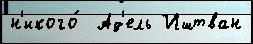
н'икого́  Ад'ель Иштван